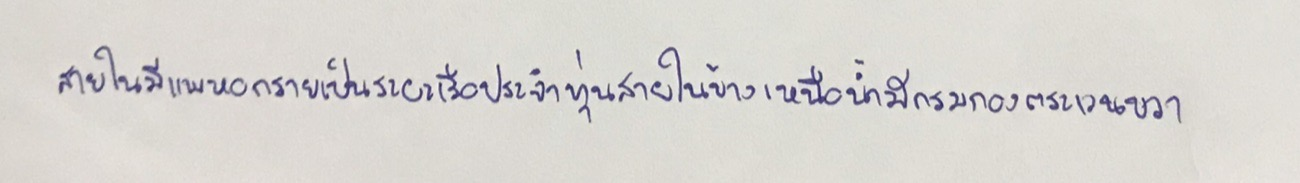
สายในมีแพหอกรายเป็นระยะเรือประจำทุ่นสายในข้างเหนือน้ำมีกรมกองตระเวนขวา